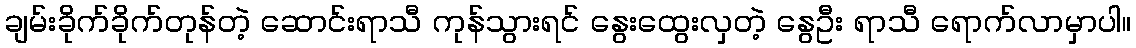
ချမ်းခိုက်ခိုက်တုန်တဲ့ ဆောင်းရာသီ ကုန်သွားရင် နွေးထွေးလှတဲ့ နွေဦး ရာသီ ရောက်လာမှာပါ။